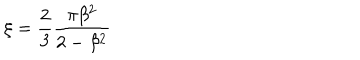
\xi = { \frac { 2 } { 3 } } { \frac { \pi \beta ^ { 2 } } { 2 - \beta ^ { 2 } } }